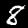
Digit: 8